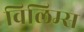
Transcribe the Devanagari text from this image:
विलिम्स